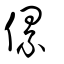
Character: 傫